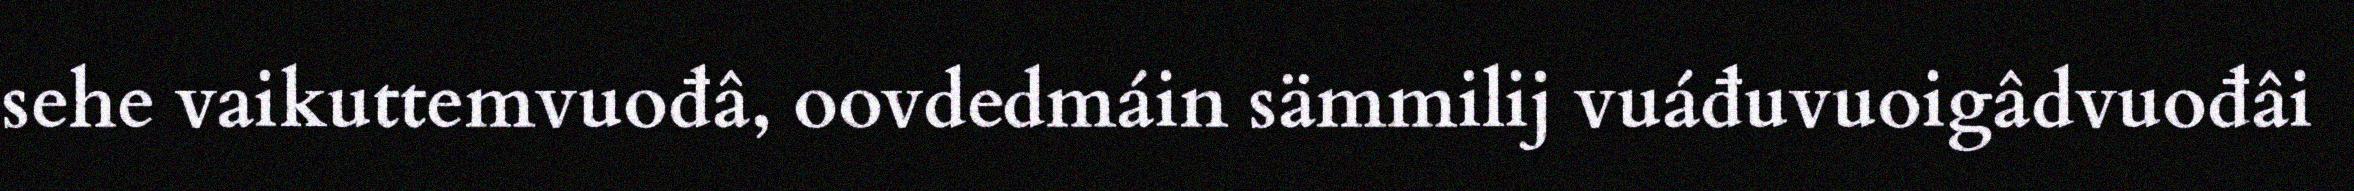
sehe vaikuttemvuođâ, oovdedmáin sämmilij vuáđuvuoigâdvuođâi